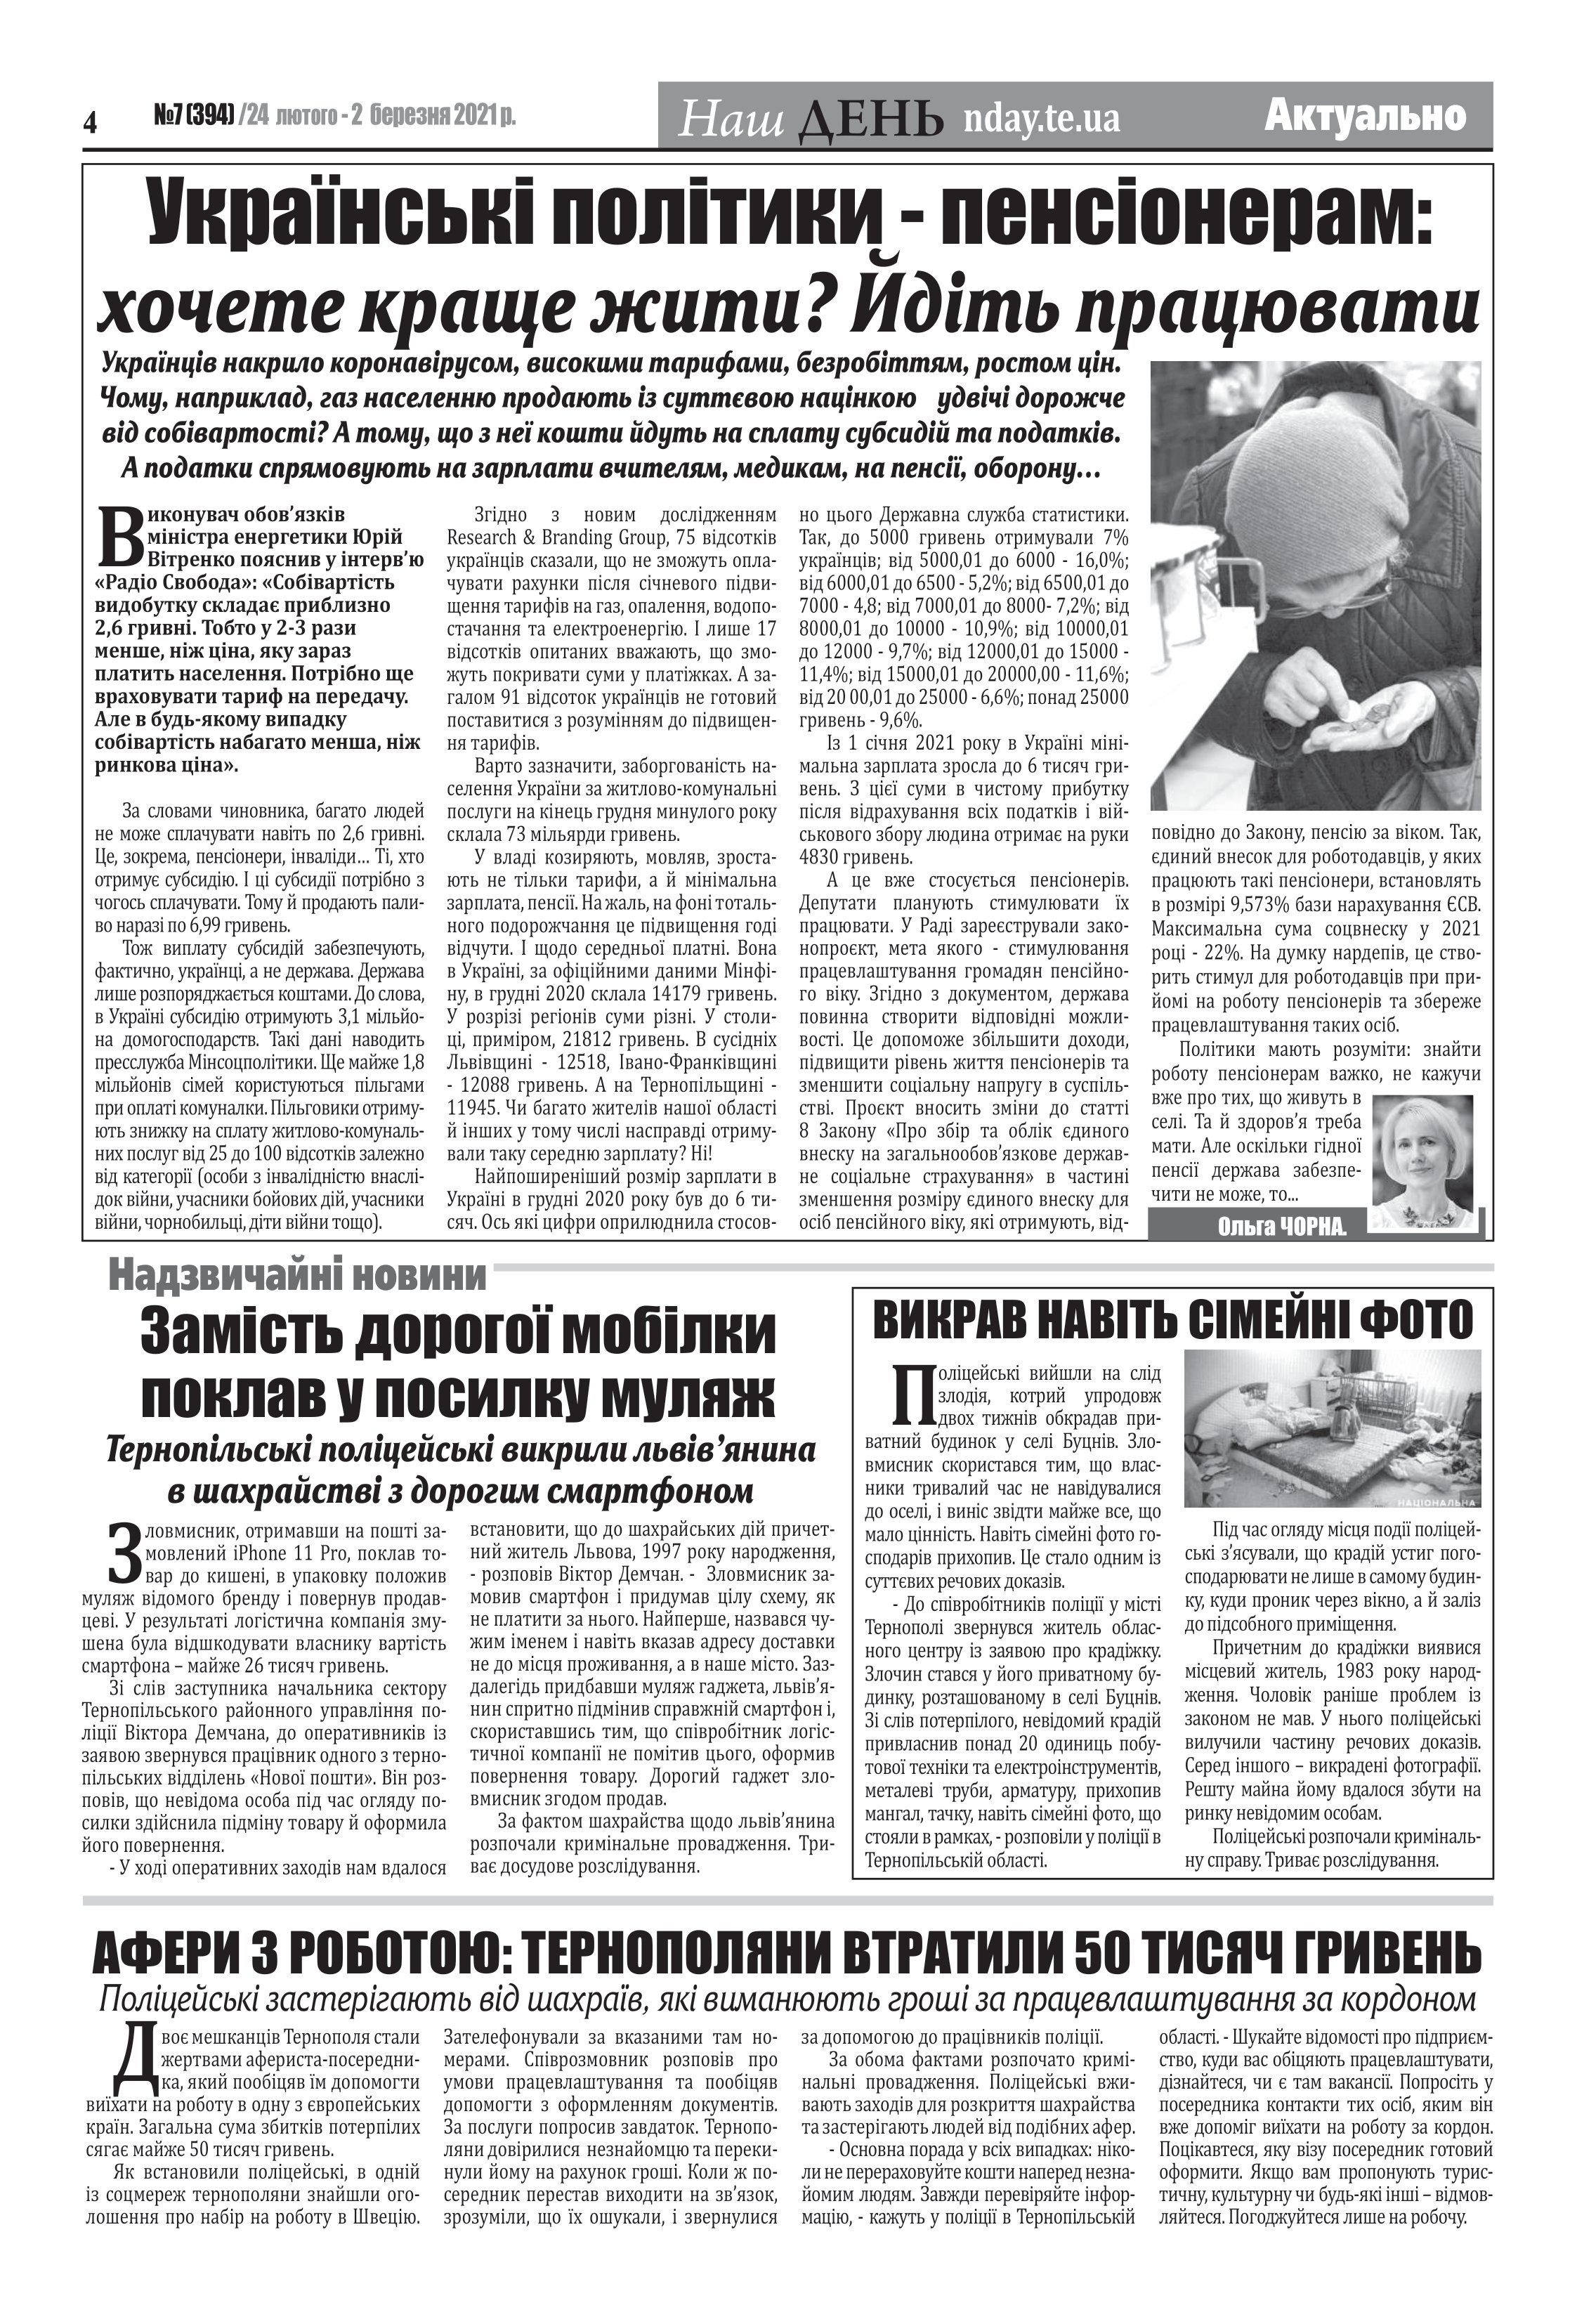
Language: uk